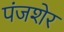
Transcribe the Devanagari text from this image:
पंजशेर